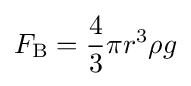
F_{\text{B}}={\frac {4}{3}}\pi r^{3}\rho g